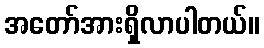
အတော်အားရှိလာပါတယ်။